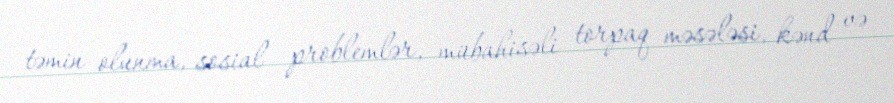
təmin olunma, sosial problemlər, mübahisəli torpaq məsələsi, kənd və